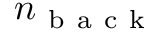
n _ { \mathrm { ~ b ~ a ~ c ~ k ~ } }